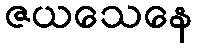
ဇယသေနေ